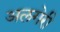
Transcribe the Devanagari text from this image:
अलगेरी